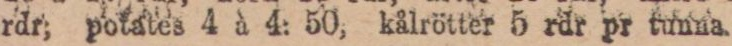
rdr; potates 4 à 4: 50, kålrötter 5 rdr pr tunna.